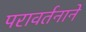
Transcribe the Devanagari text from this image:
परावर्तनाने